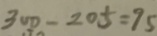
3 0 0 - 2 0 5 = 9 5